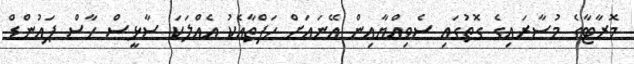
މޮރާޓާގެ މުސާރައިގެ ގޮތުގައި ސެވިއްޔާއިން އޭނައަށް ހަފްތާއެކު އެއްލަކަ ސާޅީސް ހާސް ޕައުންޑް